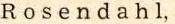
R o s e n d a h l,